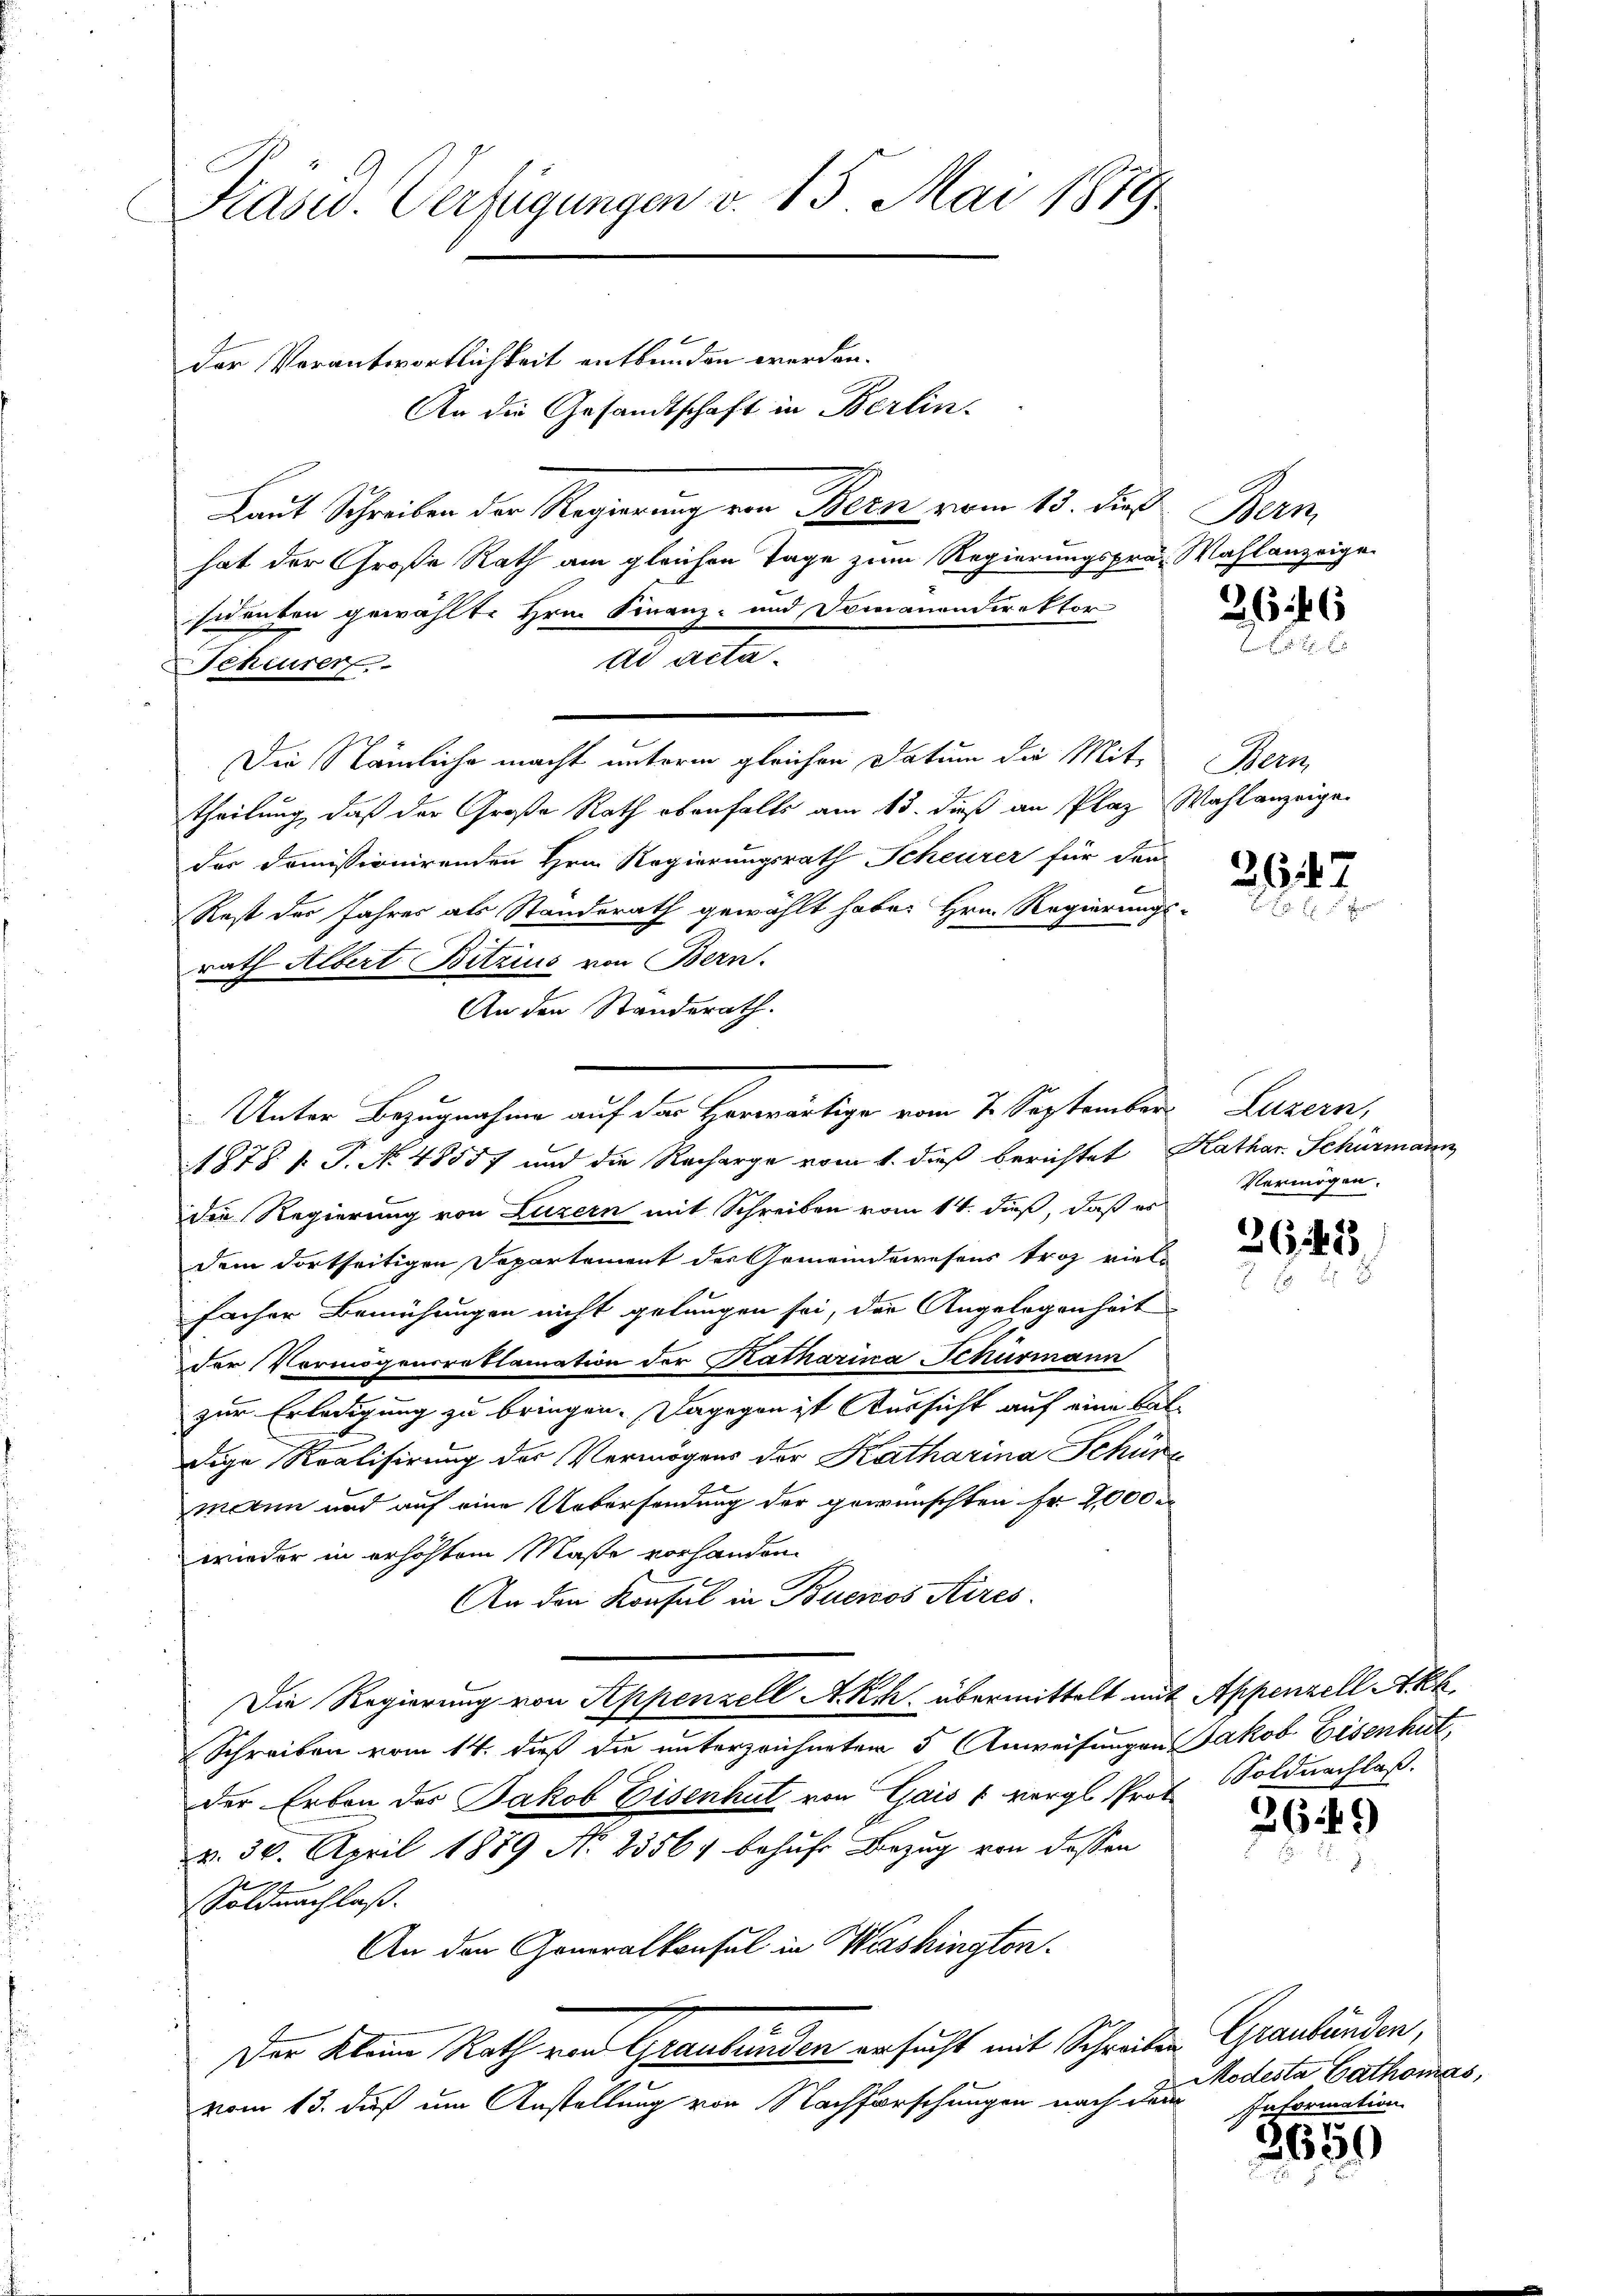
Krasw. Verfügungen v. 15. Mai 1879

der Verantwortlichkeit entbunden werden.
An die Gesandtschaft in Berlin.
Laut Schreiben der Regierung von Bern vom 13. die Bern,
hat der Große Rath am gleichen Tage zum Regierungspräs. Wahlanzeige
sidenten gewählte Hrn. Finanz- und Domanondirektor
dd acta¬
Scheurer
Die Nämliche macht unterm gleichen Datum die Mit- Bern
theilung, daß der Große Rath ebenfalls am 13. daß an Plaz Wahlanzeigen
der Domissionirenden Hrn. Regierungsrath Scheurer für den
Rest des Jahres als Standerath gewählt habe. Hrn. Regierungs-
rath Albert Betzius von Bern.
An den Standerath.
Unter Bezugnahme auf der Herwärtige vom 2. September Luzern,
1878 f. P. No 48557 und die Recharge vom 1. dieß berichtet Kathar. Schürmann
die Regierung von Luzern mit Schreiben vom 14. Fuß, daß es
dem dortseitigen Departement der Gemeindewesens troz viel-
facher Bemühungen nicht gelungen sei, der Angelegenheit
der Vermögensreklamation der Katharina Schurmann
zur Erledigung zu bringen. Dagegen ist Aussicht auf eine Baldige Realisirung des Vermögens der Katharina Schüre
mann und auf eine Uebersendung der gewünschten Fr. 2000 er
wieder in erhöhtem Maße vorhanden.
An den Konsul in Buenos Aires.
Die Regierung von Appenzell Akch übermittelt mit Appenzell Akk.
Schreiben vom 14. dieß die unterzeichneten 5 Anweisungen Jakob Eisenhut,
der Erben des Jakob Eisenhut von Gais & vergl. Prof. Soldnachlaß.
d. 30. April 1889 No 2356, behufe Bezug von dessen
Soldnachlaß.
An den Generalkonsul in Washington.
Der Klein Rath von Graubünden ersucht mit Schreiben Graubünden,
vom 13. daß um Anstellung von Nachforschungen nach dan

2947
.

Vermögen.

3642
.

3649

3650

Modesta Cathomas,
Information